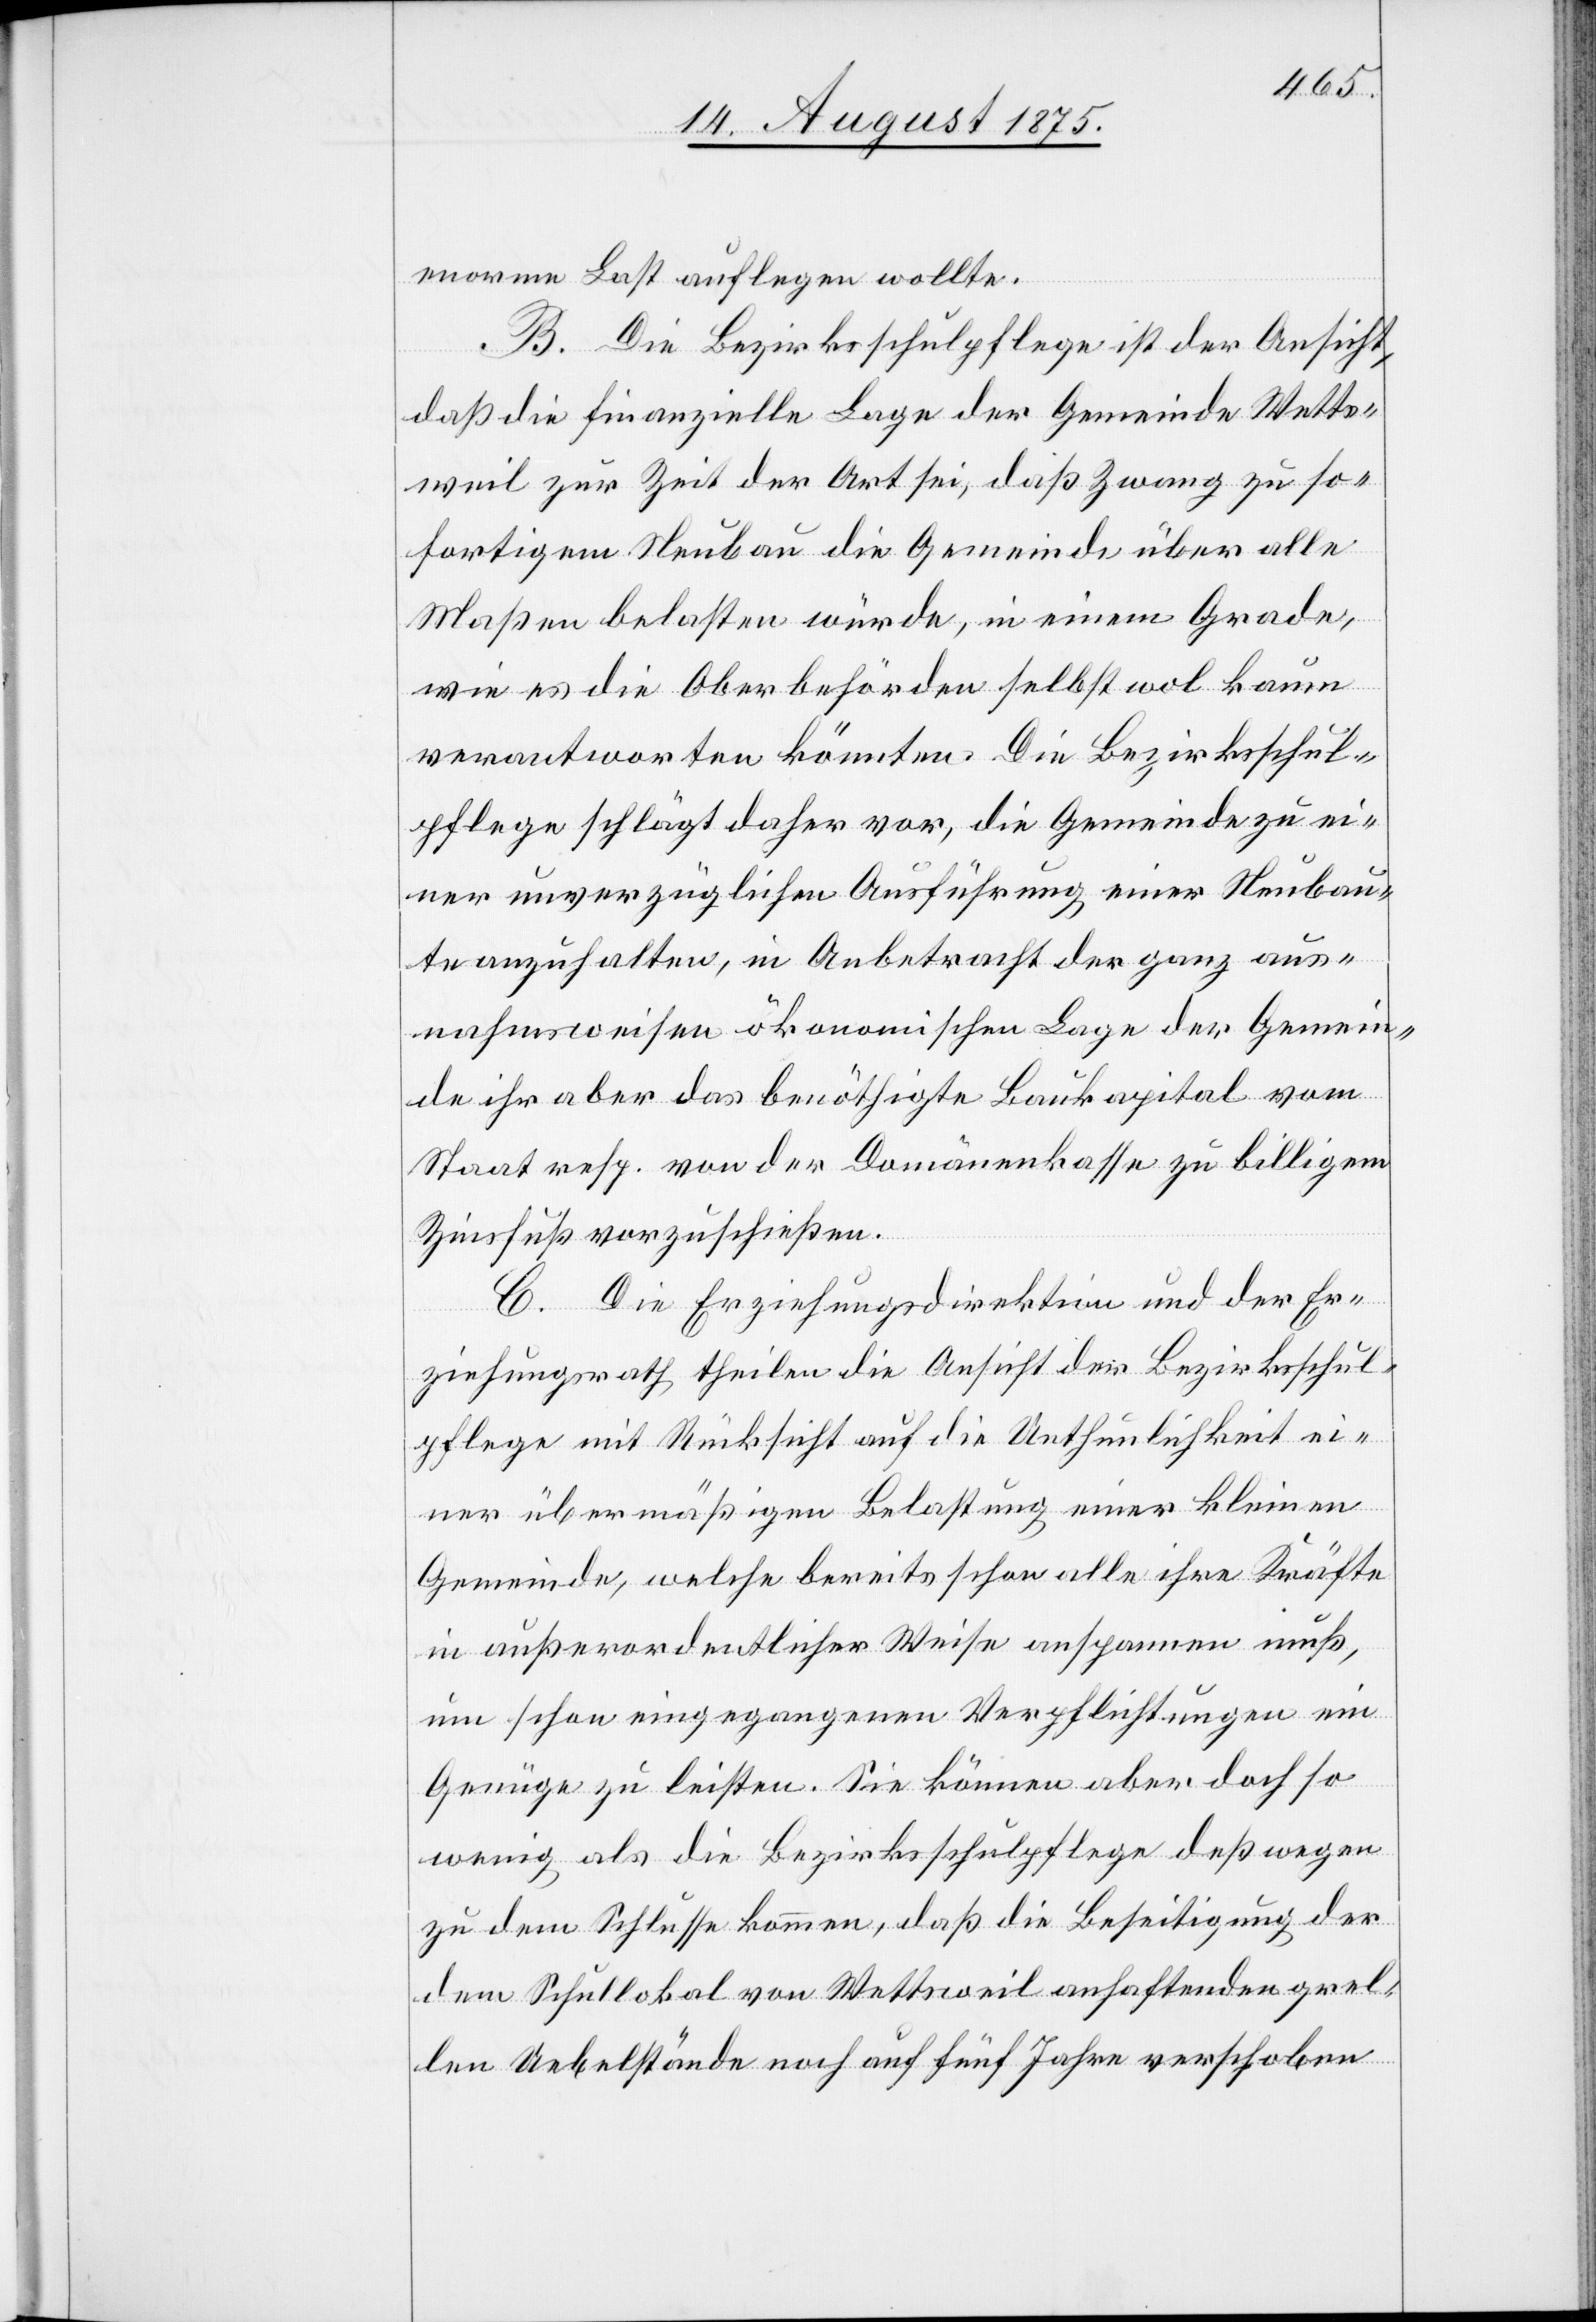
B. Die Bezirksschulpflege ist der Ansicht,
daß die finanzielle Lage der Gemeinde Wetts¬
weil zur Zeit der Art sei, daß Zwang zu so¬
fortigem Neubau die Gemeinde über alle
Maßen belasten würde, in einem Grade,
wie es die Oberbehörden selbst wol kaum
verantworten könnten. Die Bezirksschul¬
pflege schlägt daher vor, die Gemeinde zu ei¬
ner unverzüglichen Ausführung einer Neubau¬
te anzuhalten, in Anbetracht der ganz aus¬
nahmsweisen ökonomischen Lage der Gemein¬
de ihr aber das benöthigte Baukapital vom
Staat resp. von der Domänenkasse zu billigem
Zinsfuß vorzuschießen.
C. Die Erziehungsdirektion und der Er¬
ziehungsrath theilen die Ansicht der Bezirksschul¬
pflege mit Rücksicht auf die Unthunlichkeit ei¬
ner übermäßigen Belastung einer kleinen
Gemeinde, welche bereits schon alle ihre Kräfte
in außerordentlicher Weise anspannen muß,
um schon eingegangenen Verpflichtungen ein
Genüge zu leisten. Sie können aber dolch so
wenig als die Bezirksschulpflege deßwegen
zu dem Schlusse kommen, daß die Beseitigung der
dem Schullokal von Wettsweil anhaftenden grel¬
len Uebelständen noch auf fünf Jahre verschoben